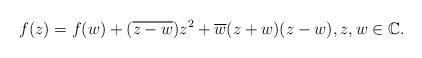
LaTeX: \begin{align*}f(z) = f(w) + (\overline{z-w}) z^2 + \overline{w}(z+w)(z-w),z,w\in\mathbb{C}.\end{align*}